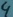
Text: 4